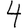
Digit: 4